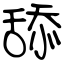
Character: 舔